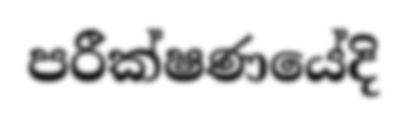
පරීක්ෂණයේදි